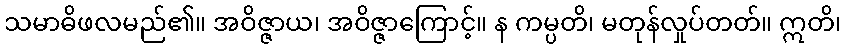
သမာဓိဖလမည်၏။ အဝိဇ္ဇာယ၊ အဝိဇ္ဇာကြောင့်။ န ကမ္ပတိ၊ မတုန်လှုပ်တတ်။ ဣတိ၊